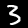
Digit: 3